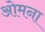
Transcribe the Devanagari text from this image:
ओमना